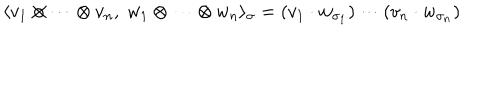
\langle v _ { 1 } \otimes \cdots \otimes v _ { n } , \; w _ { 1 } \otimes \cdots \otimes w _ { n } \rangle _ { \sigma } = ( v _ { 1 } \cdot w _ { \sigma _ { 1 } } ) \cdots ( v _ { n } \cdot w _ { \sigma _ { n } } )